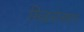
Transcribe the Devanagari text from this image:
मिडसेक्शन